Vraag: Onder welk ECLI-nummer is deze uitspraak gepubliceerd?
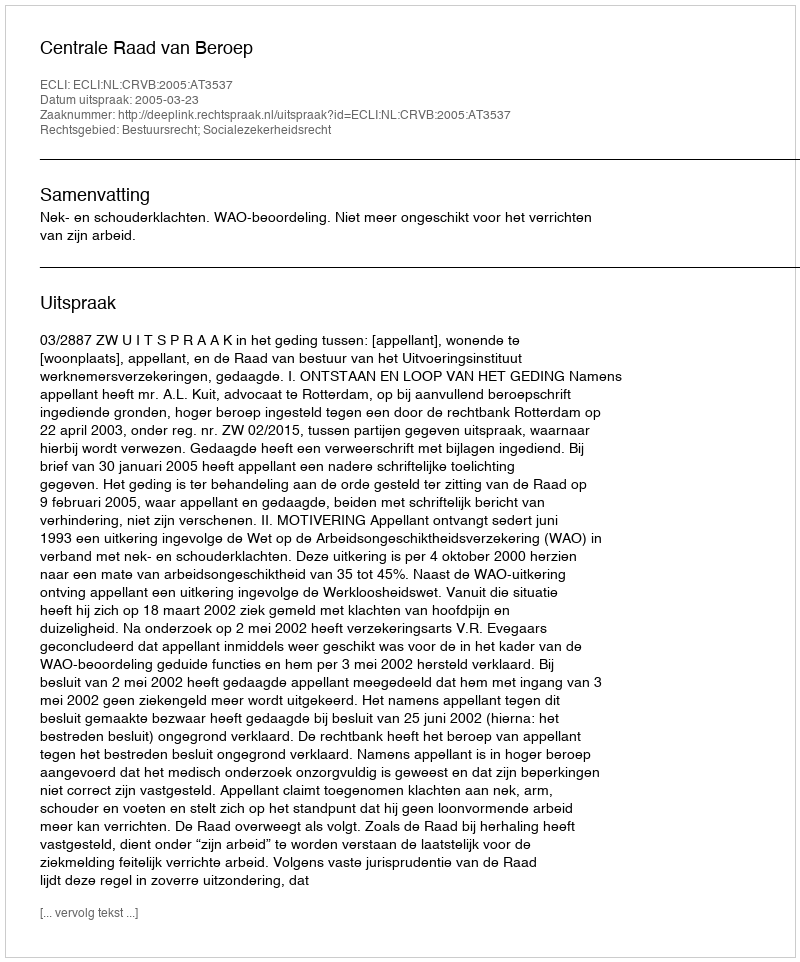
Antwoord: ECLI:NL:CRVB:2005:AT3537